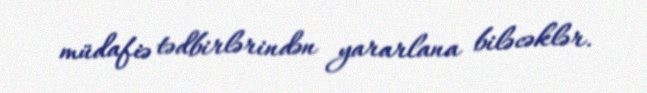
müdafiə tədbirlərindən yararlana biləcəklər.